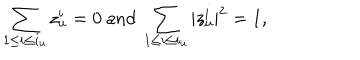
LaTeX: \sum _ { 1 \leq i \leq i _ { u } } z _ { u } ^ { i } = 0 \mathrm { ~ a n d ~ } \sum _ { 1 \leq i \leq i _ { u } } | z _ { u } ^ { i } | ^ { 2 } = 1 ,